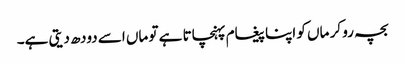
بچہ رو کر ماں کو اپنا پیغام پہنچاتا ہے تو ماں اسے دودھ دیتی ہے۔